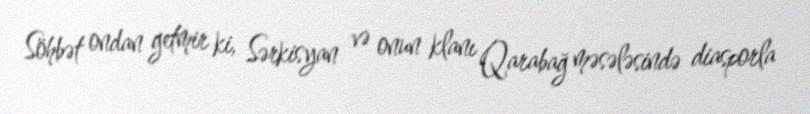
Söhbət ondan getmir ki, Sərkisyan və onun klanı Qarabağ məsələsində diasporla